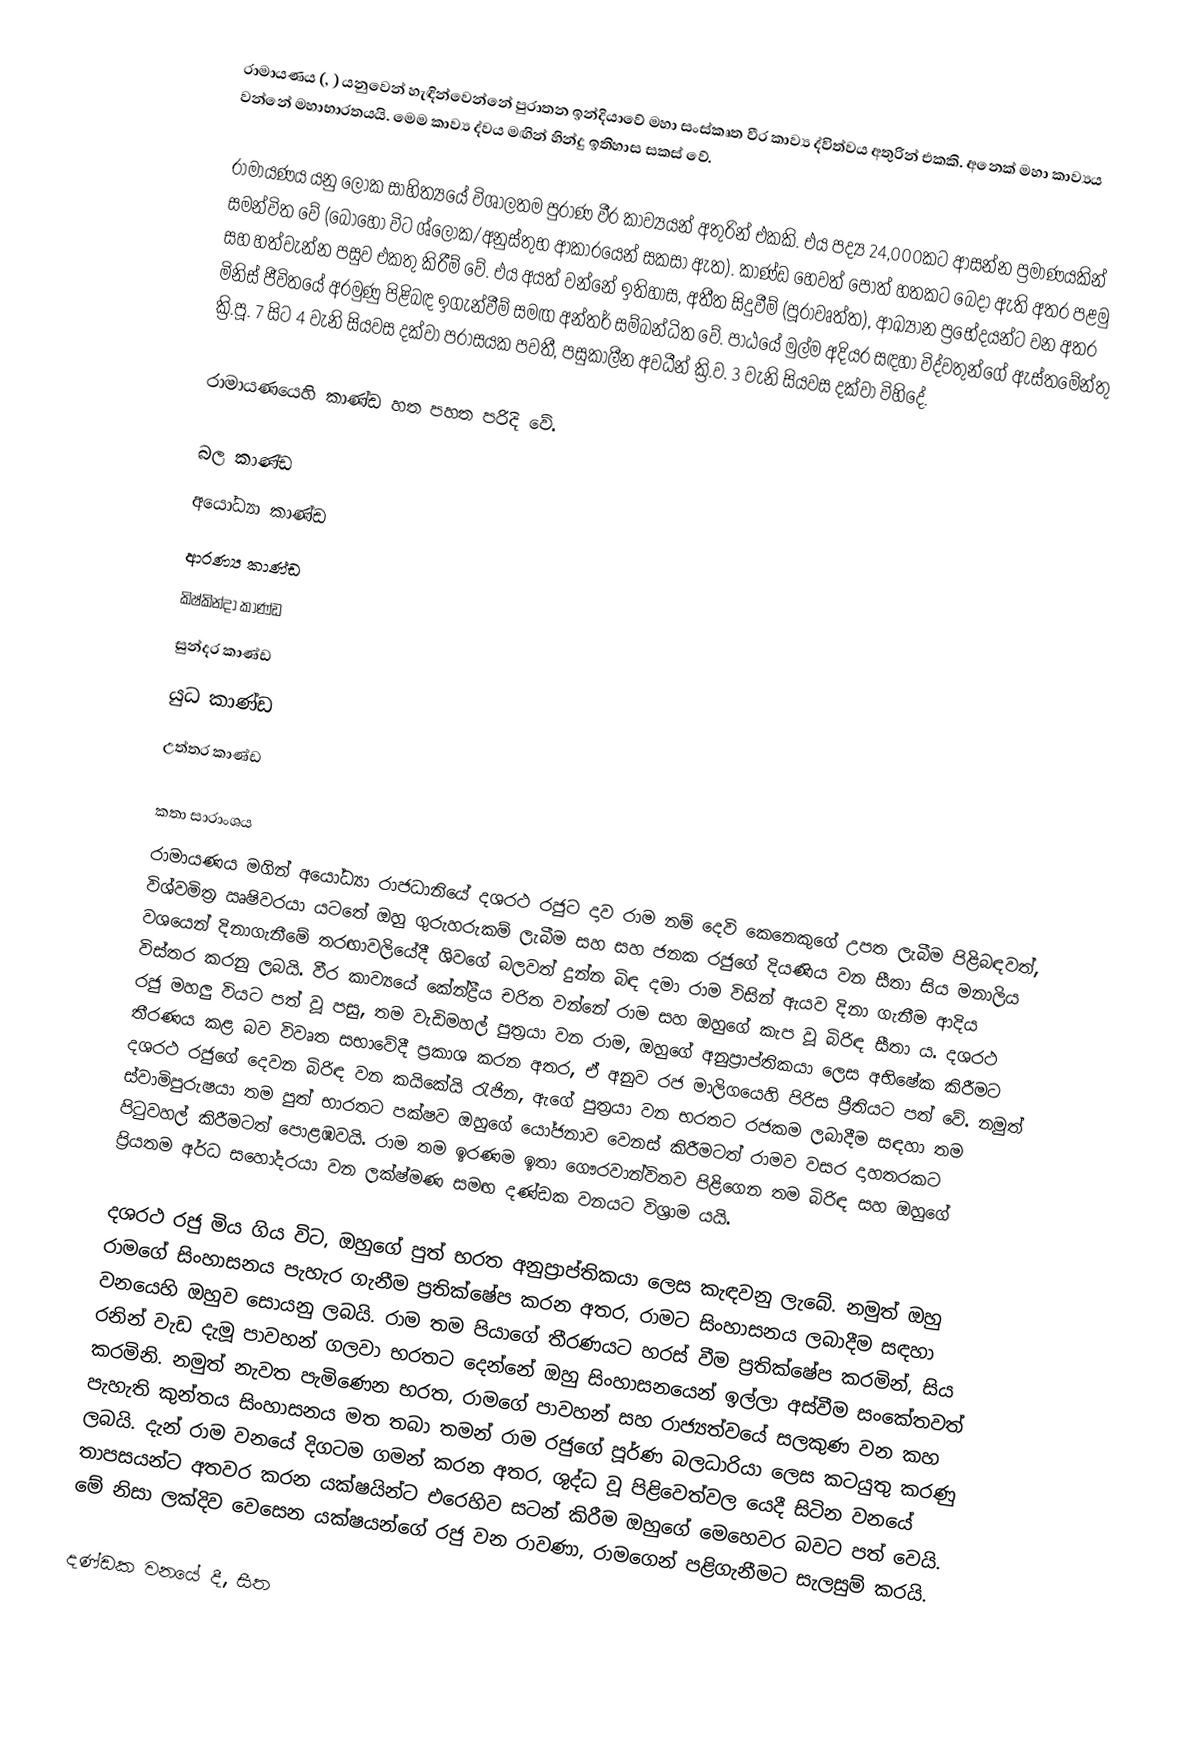
රාමායණය (,  ) යනුවෙන් හැඳින්වෙන්නේ පුරාතන ඉන්දියාවේ මහා සංස්කෘත වීර කාව්‍ය ද්විත්වය අතුරින් එකකි. අනෙක් මහා කාව්‍යය වන්නේ මහාභාරතයයි. මෙම කාව්‍ය ද්වය මඟින් හින්දු ඉතිහාස සකස් වේ.

රාමායණය යනු ලෝක සාහිත්‍යයේ විශාලතම පුරාණ වීර කාව්‍යයන් අතුරින් එකකි. එය පද්‍ය 24,000කට ආසන්න ප්‍රමාණයකින් සමන්විත වේ (බොහෝ විට ශ්ලෝක/අනුස්තුභ ආකාරයෙන් සකසා ඇත). කාණ්ඩ  හෙවත් පොත් හතකට බෙදා ඇති අතර පළමු සහ හත්වැන්න පසුව එකතු කිරීම් වේ. එය අයත් වන්නේ ඉතිහාස, අතීත සිදුවීම් (පූරාවෘත්ත), ආඛ්‍යාන ප්‍රභේදයන්ට වන අතර මිනිස් ජීවිතයේ අරමුණු පිළිබඳ ඉගැන්වීම් සමඟ අන්තර් සම්බන්ධිත වේ. පාඨයේ මුල්ම අදියර සඳහා විද්වතුන්ගේ ඇස්තමේන්තු ක්‍රි.පූ. 7 සිට 4 වැනි සියවස දක්වා පරාසයක පවතී, පසුකාලීන අවධීන් ක්‍රි.ව. 3 වැනි සියවස දක්වා විහිදේ.

රාමායණයෙහි කාණ්ඩ හත පහත පරිදි වේ.

බල කාණ්ඩ
අයෝධ්‍යා කාණ්ඩ
ආරණ්‍ය කාණ්ඩ
කිෂ්කින්දා කාණ්ඩ
  සුන්දර කාණ්ඩ
  යුධ කාණ්ඩ
  උත්තර කාණ්ඩ

කතා සාරාංශය
රාමායණය මගින් අයෝධ්‍යා රාජධානියේ දශරථ රජුට දාව රාම නම් දෙවි කෙනෙකුගේ උපත ලැබීම පිළිබඳවත්, විශ්වමිත්‍ර ඍෂිවරයා යටතේ ඔහු ගුරුහරුකම් ලැබීම සහ සහ ජනක රජුගේ දියණිය වන සීතා සිය මනාලිය වශයෙන් දිනාගැනීමේ තරඟාවලියේදී ශිවගේ බලවත් දුන්න බිඳ දමා රාම විසින් ඇයව දිනා ගැනීම ආදිය විස්තර කරනු ලබයි. වීර කාව්‍යයේ කේන්ද්‍රීය චරිත වන්නේ රාම සහ ඔහුගේ කැප වූ බිරිඳ සීතා ය. දශරථ රජු මහලු වියට පත් වූ පසු, තම වැඩිමහල් පුත්‍රයා වන රාම, ඔහුගේ අනුප්‍රාප්තිකයා ලෙස අභිෂේක කිරීමට තීරණය කළ බව විවෘත සභාවේදී ප්‍රකාශ කරන අතර, ඒ අනුව රජ මාලිගයෙහි පිරිස ප්‍රීතියට පත් වේ. නමුත් දශරථ රජුගේ දෙවන බිරිඳ වන කයිකේයි රැජින, ඇගේ පුත්‍රයා වන භරතට රජකම ලබාදීම සඳහා තම ස්වාමිපුරුෂයා තම පුත් භාරතට පක්ෂව ඔහුගේ යෝජනාව වෙනස් කිරීමටත් රාමව වසර දාහතරකට පිටුවහල් කිරීමටත් පොළඹවයි. රාම තම ඉරණම ඉතා ගෞරවාන්විතව පිළිගෙන තම බිරිඳ සහ ඔහුගේ ප්‍රියතම අර්ධ සහෝදරයා වන ලක්ෂ්මණ  සමඟ දණ්ඩක වනයට විශ්‍රාම යයි.

දශරථ රජු මිය ගිය විට, ඔහුගේ පුත් භරත අනුප්‍රාප්තිකයා ලෙස කැඳවනු ලැබේ. නමුත් ඔහු රාමගේ සිංහාසනය පැහැර ගැනීම ප්‍රතික්ෂේප කරන අතර, රාමට සිංහාසනය ලබාදීම සඳහා වනයෙහි ඔහුව සොයනු ලබයි. රාම තම පියාගේ තීරණයට හරස් වීම ප්‍රතික්ෂේප කරමින්, සිය රනින් වැඩ දැමූ පාවහන් ගලවා භරතට දෙන්නේ ඔහු සිංහාසනයෙන් ඉල්ලා අස්වීම සංකේතවත් කරමිනි. නමුත් නැවත පැමිණෙන භරත, රාමගේ පාවහන් සහ රාජ්‍යත්වයේ සලකුණ වන කහ පැහැති කුන්තය සිංහාසනය මත තබා තමන් රාම රජුගේ පූර්ණ බලධාරියා ලෙස කටයුතු කරණු ලබයි. දැන් රාම වනයේ දිගටම ගමන් කරන අතර, ශුද්ධ වූ පිළිවෙත්වල යෙදී සිටින වනයේ තාපසයන්ට අතවර කරන යක්ෂයින්ට එරෙහිව සටන් කිරීම ඔහුගේ මෙහෙවර බවට පත් වෙයි. මේ නිසා ලක්දිව වෙසෙන යක්ෂයන්ගේ රජු වන රාවණා, රාමගෙන් පළිගැනීමට සැලසුම් කරයි.

දණ්ඩක වනයේ දී, සීත